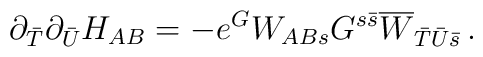
\partial_{\bar T}\partial_{\bar U}H_{AB}=-e^G W_{ABs}G^{s{\bar s}}\overline{W}_{{\bar T}{\bar U}{\bar s}}\, .